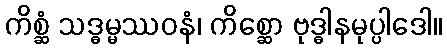
ကိစ္ဆံ သဒ္ဓမ္မဿဝနံ၊ ကိစ္ဆော ဗုဒ္ဓါနမုပ္ပါဒေါ။